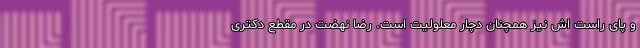
و پای راست اش نیز همچنان دچار معلولیت است. رضا نهضت در مقطع دکتری